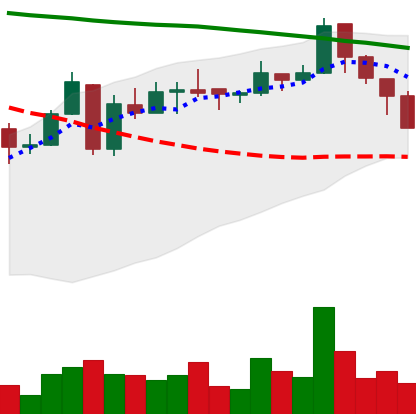
Ticker: ETC-USD
Chart end date: 2018-05-10
Forward return: -7.5%
Label: down_7plus